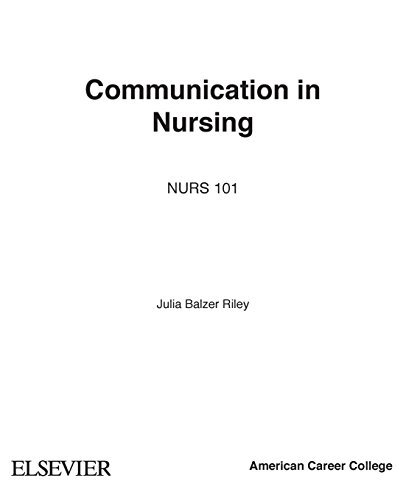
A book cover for Communication in Nursing, 7e (Communication in Nursing (Balzer-Riley)); Julia Balzer Riley RN  MN  AHN-BC  REACE; Medical Books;